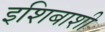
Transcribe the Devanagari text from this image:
इशिबाशी